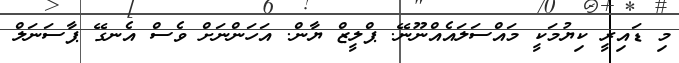
މި ޑައިރީ ކިޔުމަކީ މައްސަލައެއްނޫނޭ. ޕްލީޒް ޔާން. އަހަންނަށް ވެސް އެނގޭ ޕާސަނަލް